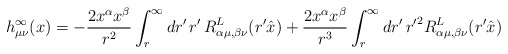
\begin{align*}h^\infty_{\mu \nu}(x) = - \frac{2 x^\alpha x^\beta}{r^2} \int_r^\infty dr' \, r' \, R^L_{\alpha \mu , \beta \nu}(r' \hat{x}) + \frac{2 x^\alpha x^\beta}{r^3} \int_r^\infty dr' \, {r'}^2 R^L_{\alpha \mu , \beta \nu}(r' \hat{x})\end{align*}